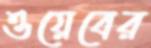
ওয়েবের